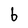
Character: b